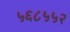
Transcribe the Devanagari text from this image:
५६८५५२